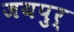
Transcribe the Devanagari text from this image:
जयपुर्